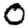
Digit: 0